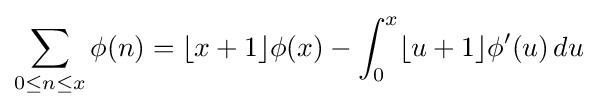
\sum _{0\leq n\leq x}\phi (n)=\lfloor x+1\rfloor \phi (x)-\int _{0}^{x}\lfloor u+1\rfloor \phi '(u)\,du